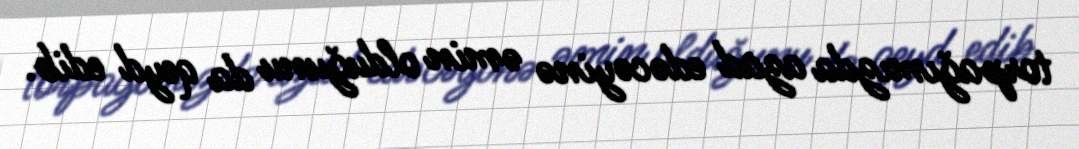
torpağımızda azad edəcəyinə əmin olduğunu da qeyd edib.